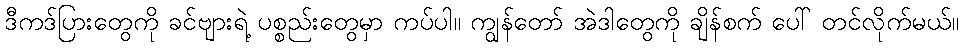
ဒီကဒ်ပြားတွေကို ခင်ဗျားရဲ့ ပစ္စည်းတွေမှာ ကပ်ပါ။ ကျွန်တော် အဲဒါတွေကို ချိန်စက် ပေါ် တင်လိုက်မယ်။